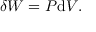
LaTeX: \delta W = P \mathrm { d } V .